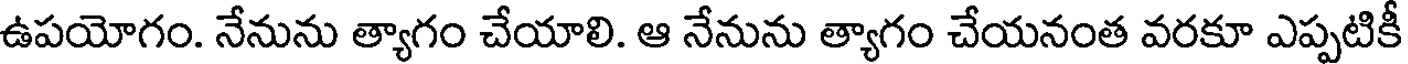
ఉపయోగం. నేనును త్యాగం చేయాలి. ఆ నేనును త్యాగం చేయనంత వరకూ ఎప్పటికీ